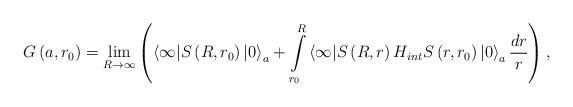
LaTeX: \begin{align*}G\left(a,r_0\right)=\lim\limits_{R\rightarrow \infty}\left(\left\langle \infty|S\left(R,r_0\right)|0\right\rangle_a +\int \limits_{r_0}^{R}\left\langle \infty|S\left( R ,r\right) H_{int}S\left( r,r_0\right)|0 \right\rangle _{a}\frac{dr}{r}\right) , \end{align*}